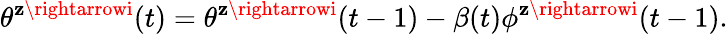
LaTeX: \theta^{\mathbf{z}\rightarrowi}(t)=\theta^{\mathbf{z}\rightarrowi}(t-1)-\beta(t)\phi^{\mathbf{z}\rightarrowi}(t-1).